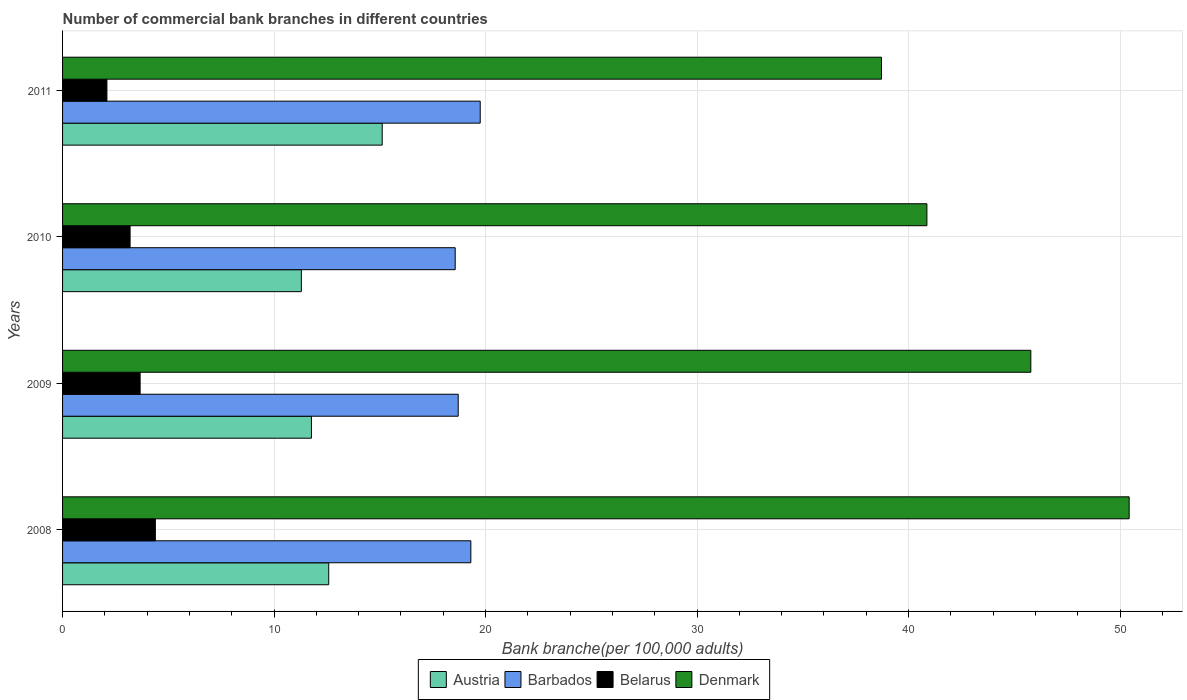
| Years | Austria | Barbados | Belarus | Denmark |
 | --- | --- | --- | --- | --- |
 | 2008 | 12.6 | 19.3 | 4.39 | 50.4 |
 | 2009 | 11.8 | 18.7 | 3.67 | 45.8 |
 | 2010 | 11.3 | 18.6 | 3.19 | 40.9 |
 | 2011 | 15.1 | 19.7 | 2.1 | 38.7 |